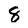
Character: 8